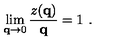
\lim _ { { \bf q } \rightarrow 0 } \frac { z ( { \bf q } ) } { { \bf q } } = 1 \ .